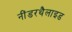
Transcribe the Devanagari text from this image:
नींडरथैलाइड